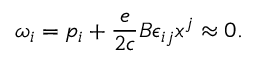
\omega _ { i } = p _ { i } + \frac { e } { 2 c } B \epsilon _ { i j } x ^ { j } \approx 0 .